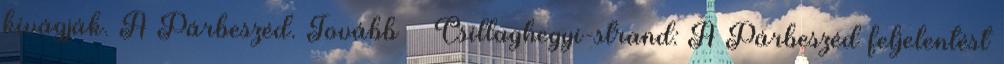
kivágják. A Párbeszéd. Tovább › ›Csillaghegyi-strand: A Párbeszéd feljelentést